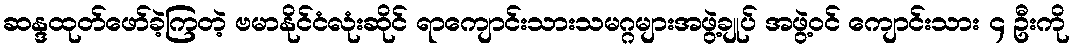
ဆန္ဒထုတ်ဖော်ခဲ့ကြတဲ့ ဗမာနိုင်ငံလုံးဆိုင် ရာကျောင်းသားသမဂ္ဂများအဖွဲ့ချုပ် အဖွဲ့ဝင် ကျောင်းသား ၄ ဦးကို